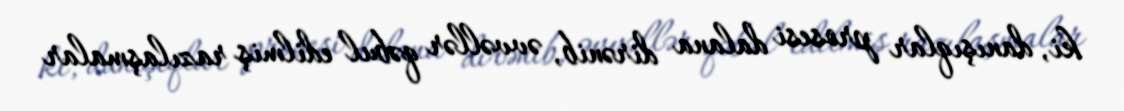
ki, danışıqlar prosesi dalana dirənib, əvvəllər qəbul edilmiş razılaşmalar